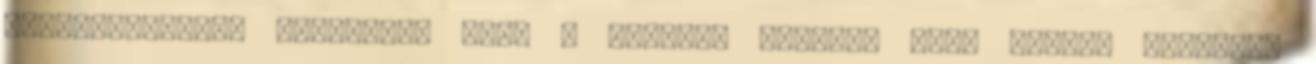
gyöngyszemként tekintesz erre a filmre. Valóban nagy hatást tehetett